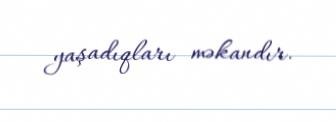
yaşadıqları məkandır.